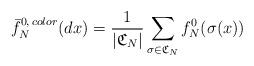
LaTeX: \begin{align*}\bar{f}_{N}^{0,\,color}(dx)=\frac{1}{|\mathfrak{C}_{N}|}\sum_{\sigma\in\mathfrak{C}_{N}}f_{N}^{0}(\sigma(x))\end{align*}